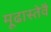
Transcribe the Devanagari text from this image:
मूढास्तेवै